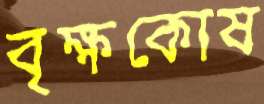
বৃক্ষকোষ